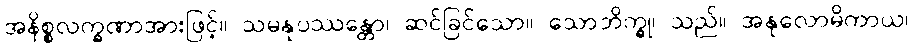
အနိစ္စလက္ခဏာအားဖြင့်။ သမနုပဿန္တော၊ ဆင်ခြင်သော။ သောဘိက္ခု၊ သည်။ အနုလောမိကာယ၊